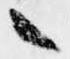
言